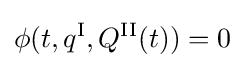
\phi (t,q^{\text{I}},Q^{\text{II}}(t))=0